Leaving Certificate Examination (including Day School Certificate (Higher) General paper), 1929
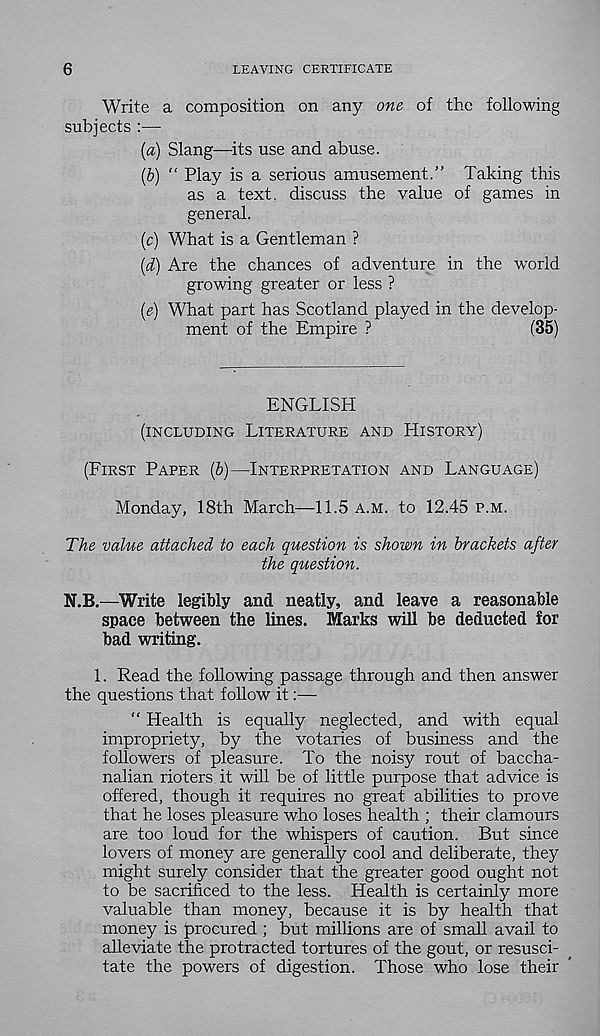
6
LEAVING CERTIFICATE
Write a composition on any one of the following
subjects :—
(a) Slang—its use and abuse.
(b) “ Play is a serious amusement.” Taking this
as a text, discuss the value of games in
general.
(c) What is a Gentleman ?
(d) Are the chances of adventure in the world
growing greater or less ?
(e) What part has Scotland played in the develop-
ment of the Empire ?
(35)
ENGLISH
(INCLUDING LITERATURE AND LIISTORY)
(FIRST PAPER (b)—INTERPRETATION AND LANGUAGE)
Monday, 18th March—11.5 A.M. to 12.45 P.M.
The value attached to each question is shown in brackets after
the question.
N.B.—Write legibly and neatly, and leave a reasonable
space between the lines. Marks will be deducted £or
bad writing.
1. Read the following passage through and then answer
the questions that follow it:—
“ Health is equally neglected, and with equal
impropriety, by the votaries of business and the
followers of pleasure. To the noisy rout of baccha-
nalian rioters it will be of little purpose that advice is
offered, though it requires no great abilities to prove
that he loses pleasure who loses health ; their clamours
are too loud for the whispers of caution. But since
lovers of money are generally cool and deliberate, they
might surely consider that the greater good ought not
to be sacrificed to the less. Health is certainly more
valuable than money, because it is by health that
money is procured ; but millions are of small avail to
alleviate the protracted tortures of the gout, or resusci-
tate the powers of digestion. Those who lose their